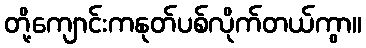
တို့ကျောင်းကနုတ်ပစ်လိုက်တယ်ကွာ။